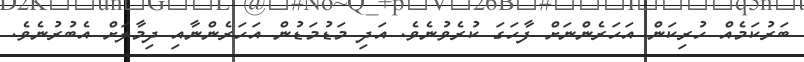
ބަރުކަމެއް ހުރިކަން އަހަރެންނަށް ފާހަގަ ކުރެވުނެވެ. އަދި މަޑުމަޑުން އަހަރެންނާއި ދިމާލަށް އެބުރުނެވެ.